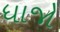
ધાજો